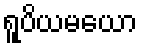
ရူပိယမယော